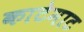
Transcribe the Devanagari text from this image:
काटेमाट